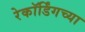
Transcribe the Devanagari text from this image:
रेकॉर्डिंगच्या